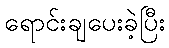
ရောင်းချပေးခဲ့ပြီး